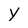
Character: y